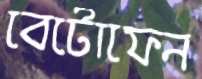
বেটোফেন